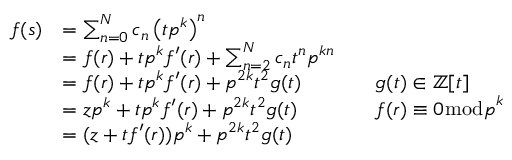
{ \begin{array} { r l r l } { f ( s ) } & { = \sum _ { n = 0 } ^ { N } c _ { n } \left( t p ^ { k } \right) ^ { n } } \\ & { = f ( r ) + t p ^ { k } f ^ { \prime } ( r ) + \sum _ { n = 2 } ^ { N } c _ { n } t ^ { n } p ^ { k n } } \\ & { = f ( r ) + t p ^ { k } f ^ { \prime } ( r ) + p ^ { 2 k } t ^ { 2 } g ( t ) } & & { g ( t ) \in \mathbb { Z } [ t ] } \\ & { = z p ^ { k } + t p ^ { k } f ^ { \prime } ( r ) + p ^ { 2 k } t ^ { 2 } g ( t ) } & & { f ( r ) \equiv 0 { \bmod { p } } ^ { k } } \\ & { = ( z + t f ^ { \prime } ( r ) ) p ^ { k } + p ^ { 2 k } t ^ { 2 } g ( t ) } \end{array} }